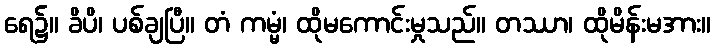
ရေ၌။ ခိပိ၊ ပစ်ချပြီ။ တံ ကမ္မံ၊ ထိုမကောင်းမှုသည်။ တဿာ၊ ထိုမိန်းမအား။